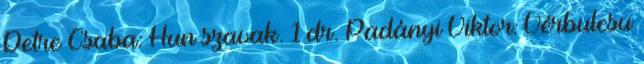
Detre Csaba: Hun szavak. 1 dr. Padányi Viktor: Vérbulcsu